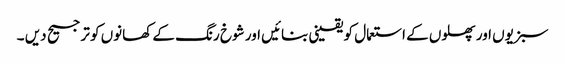
سبزیوں اور پھلوں کے استعمال کو یقینی بنائیں اور شوخ رنگ کے کھانوں کو ترجیح دیں ۔